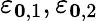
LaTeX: \varepsilon_{\boldsymbol{0},1},\varepsilon_{\boldsymbol{0},2}